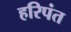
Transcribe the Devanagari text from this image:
हरिपंत